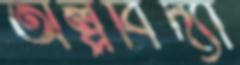
অল্পবিদ্যা